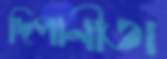
দিপানীতা